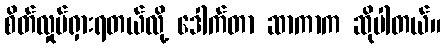
စိတ်လှုပ်ရှားရတယ်လို့ ဒေါက်တာ ဆာကာက ဆိုပါတယ်။